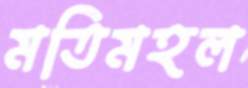
মতিমহল